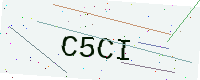
Text: C5CI